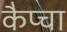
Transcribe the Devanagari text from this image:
कैप्चा